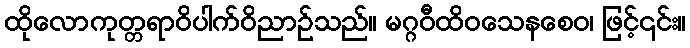
ထိုလောကုတ္တရာဝိပါက်ဝိညာဉ်သည်။ မဂ္ဂဝီထိဝသေနစေဝ၊ ဖြင့်၎င်း။